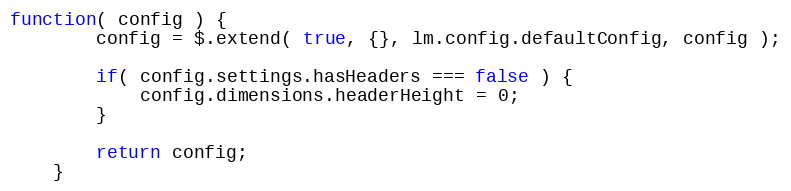
Language: JavaScript
function( config ) {
		config = $.extend( true, {}, lm.config.defaultConfig, config );

		if( config.settings.hasHeaders === false ) {
			config.dimensions.headerHeight = 0;
		}

		return config;
	}